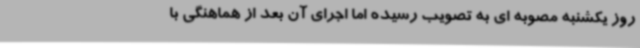
روز یکشنبه مصوبه ای به تصویب رسیده اما اجرای آن بعد از هماهنگی با